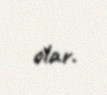
olar.